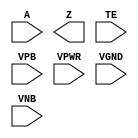
module sky130_fd_sc_ms__einvp (
    //# {{data|Data Signals}}
    input  A   ,
    output Z   ,

    //# {{control|Control Signals}}
    input  TE  ,

    //# {{power|Power}}
    input  VPB ,
    input  VPWR,
    input  VGND,
    input  VNB
);
endmodule